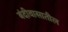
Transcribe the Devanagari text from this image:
बंदीवासातील